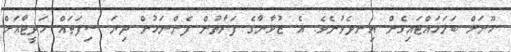
މޫނަށް ބަލަހައްޓައިގެން އިނދެވުނެވެ. އެ ޒުވާނާގެ ފަރާތުން ފެންނަމުން ދިޔަ ސިފަތައް ހަދީޖާއަށް